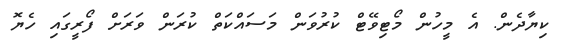
ކިޔާދެން. އެ މީހުން މޯޓިވޭޓް ކުރުވަން މަސައްކަތް ކުރަން ވަރަށް ފޯރީގައި ހެޔޮ